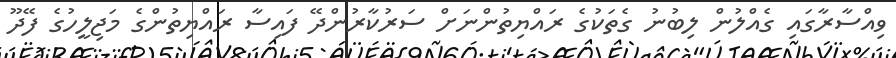
ވިއްސާރާގައި ގެއްލުން ލިބުނު ގެތަކުގެ ރައްޔިތުންނަށް ސަރުކާރުންދޭ ފައިސާ ރައްޔިތުންގެ މަޖިލީހުގެ ފޭދޫ